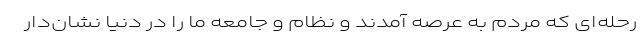
رحله‌ای که مردم به عرصه آمدند و نظام و جامعه ما را در دنیا نشان‌دار